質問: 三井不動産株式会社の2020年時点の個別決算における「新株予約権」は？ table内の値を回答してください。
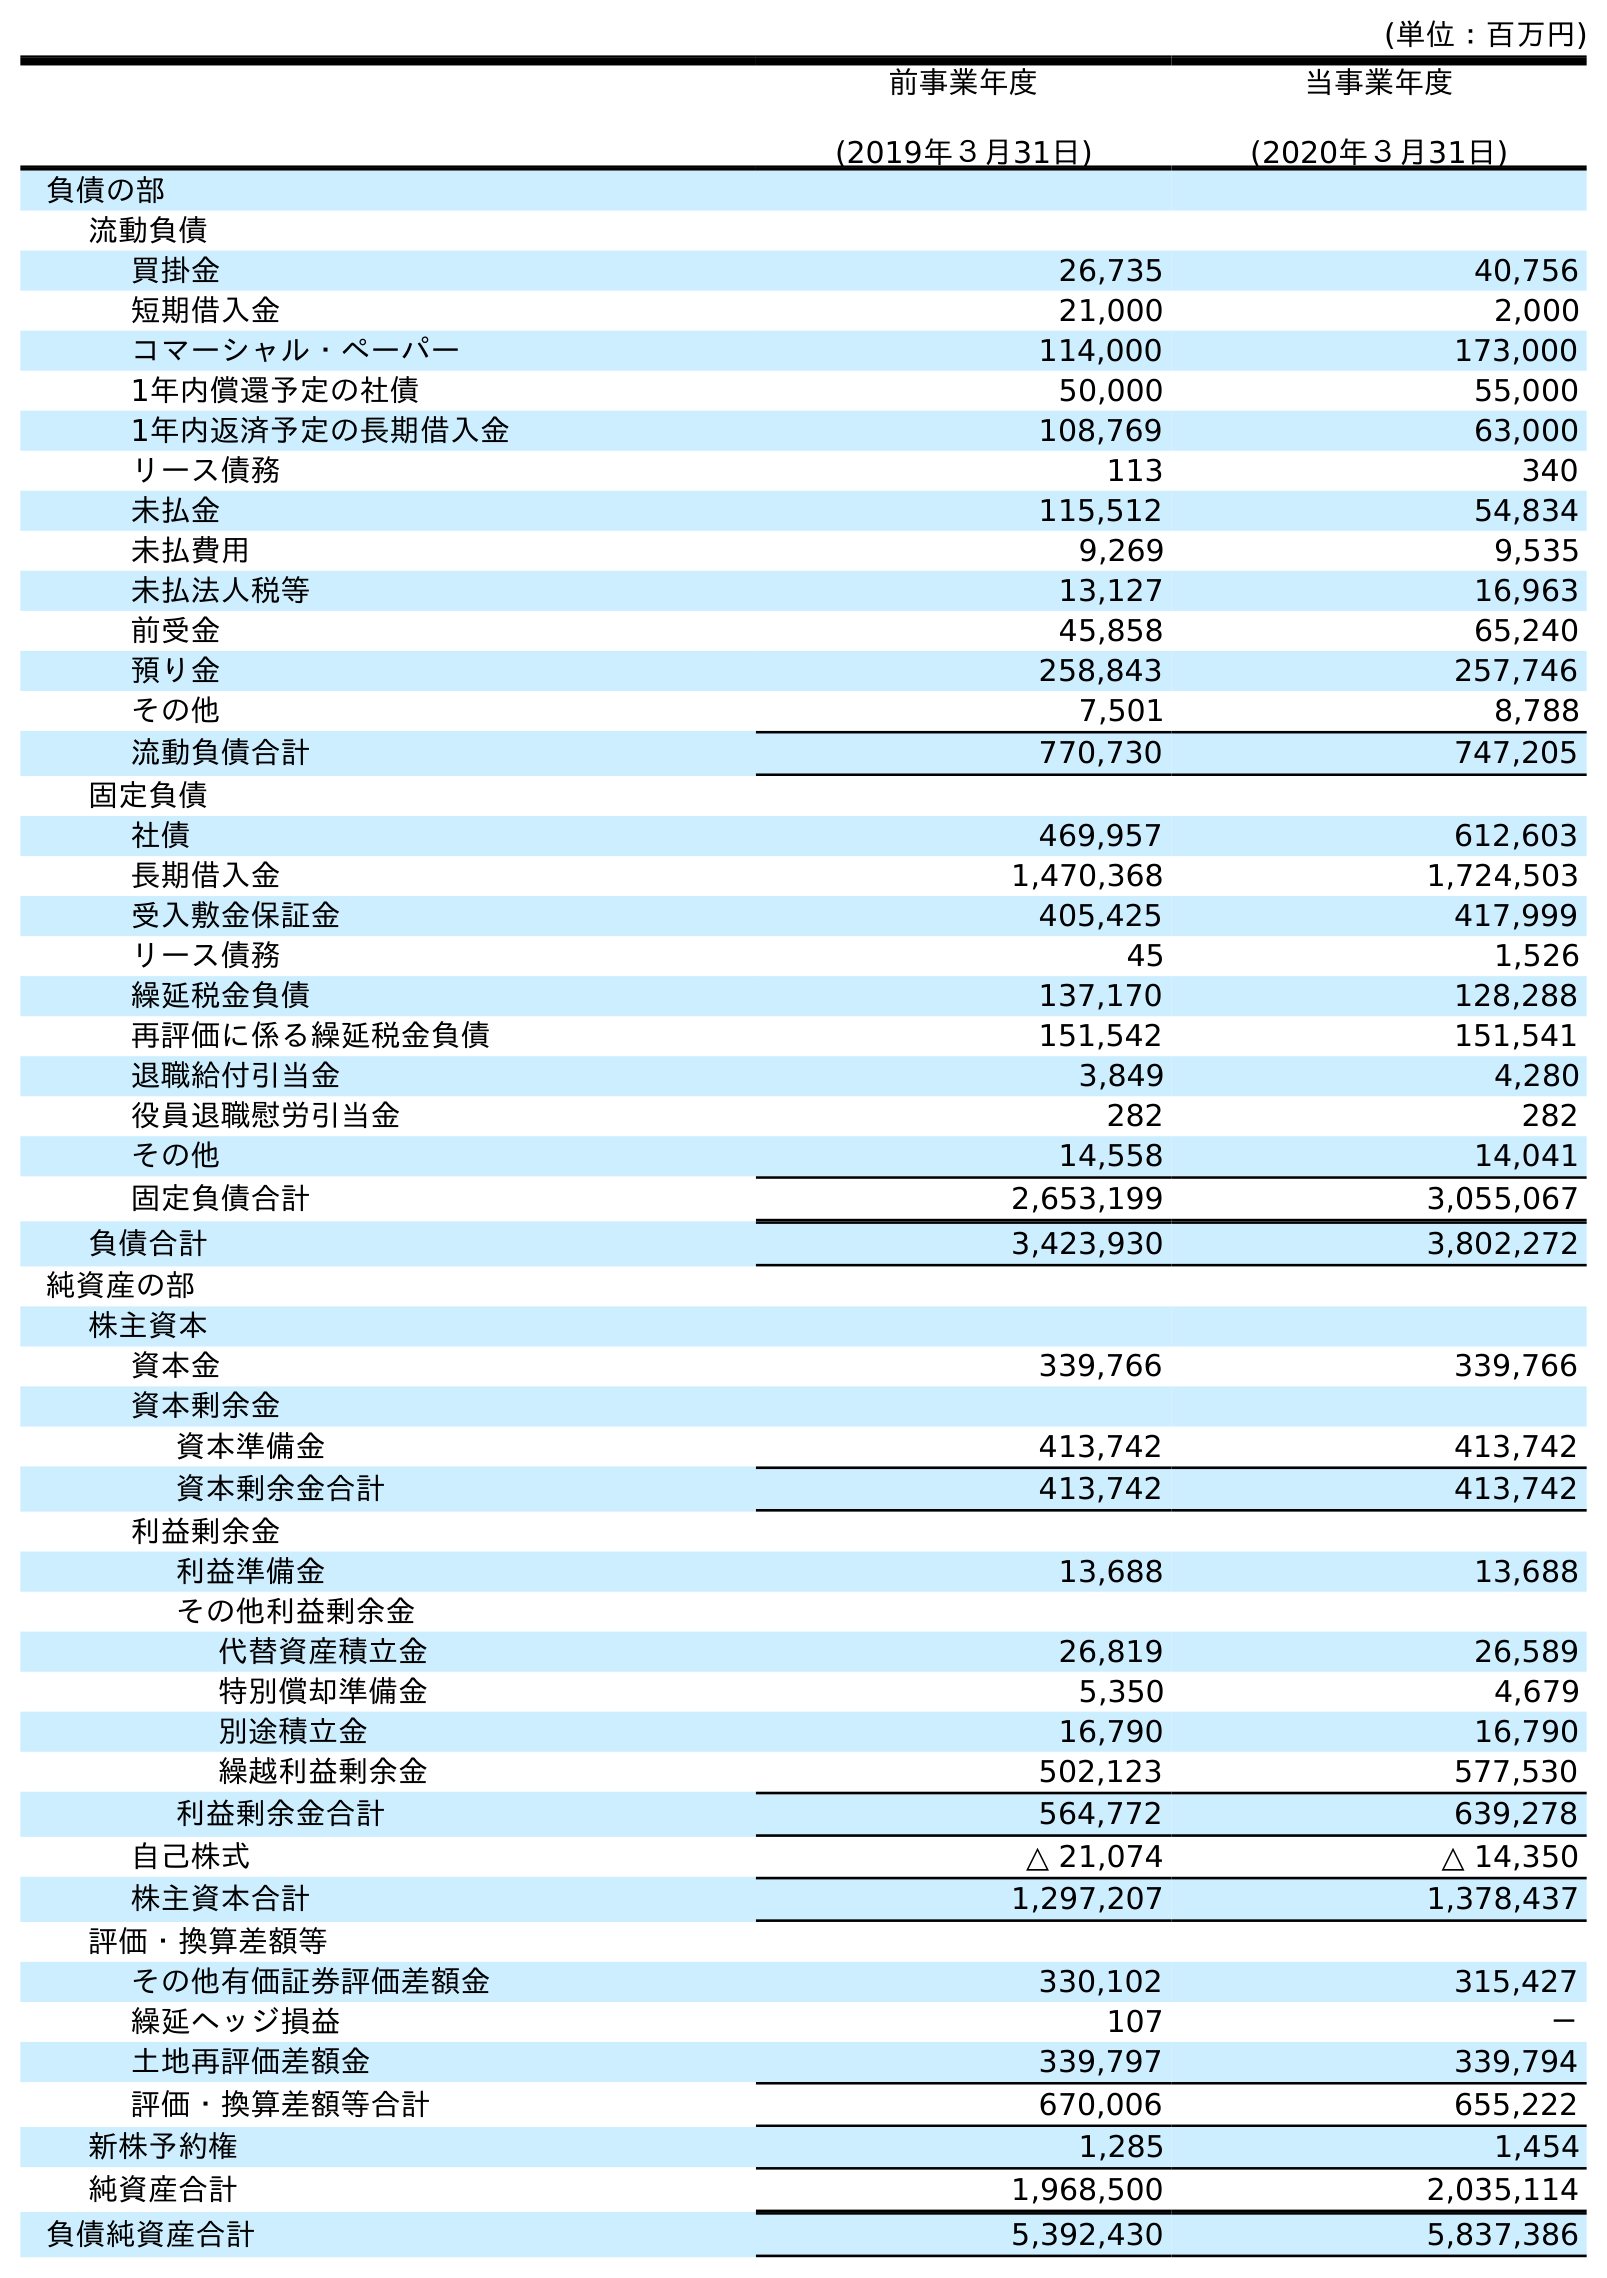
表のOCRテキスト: (単位：百万円) 前事業年度 (2019年３月31日) 当事業年度 (2020年３月31日) 負債の部 流動負債 買掛金 26,735 40,756 短期借入金 21,000 2,000 コマーシャル・ペーパー 114,000 173,000 1年内償還予定の社債 50,000 55,000 1年内返済予定の長期借入金 108,769 63,000 リース債務 113 340 未払金 115,512 54,834 未払費用 9,269 9,535 未払法人税等 13,127 16,963 前受金 45,858 65,240 預り金 258,843 257,746 その他 7,501 8,788 流動負債合計 770,730 747,205 固定負債 社債 469,957 612,603 長期借入金 1,470,368 1,724,503 受入敷金保証金 405,425 417,999 リース債務 45 1,526 繰延税金負債 137,170 128,288 再評価に係る繰延税金負債 151,542 151,541 退職給付引当金 3,849 4,280 役員退職慰労引当金 282 282 その他 14,558 14,041 固定負債合計 2,653,199 3,055,067 負債合計 3,423,930 3,802,272 純資産の部 株主資本 資本金 339,766 339,766 資本剰余金 資本準備金 413,742 413,742 資本剰余金合計 413,742 413,742 利益剰余金 利益準備金 13,688 13,688 その他利益剰余金 代替資産積立金 26,819 26,589 特別償却準備金 5,350 4,679 別途積立金 16,790 16,790 繰越利益剰余金 502,123 577,530 利益剰余金合計 564,772 639,278 自己株式 △ 21,074 △ 14,350 株主資本合計 1,297,207 1,378,437 評価・換算差額等 その他有価証券評価差額金 330,102 315,427 繰延ヘッジ損益 107 － 土地再評価差額金 339,797 339,794 評価・換算差額等合計 670,006 655,222 新株予約権 1,285 1,454 純資産合計 1,968,500 2,035,114 負債純資産合計 5,392,430 5,837,386
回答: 1,454